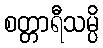
စတ္တာရီသမ္ပိ